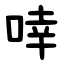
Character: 啈